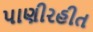
પાણીરહીત